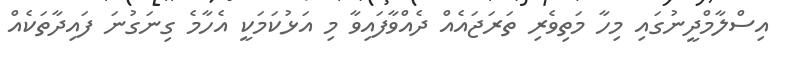
އިސްލާމްދީނުގައި މިހާ މަތިވެރި ތަރަޖައެއް ދެއްވާފައިވާ މި އަޅުކަމަކީ އެހާމެ ގިނަގުނަ ފައިދާތަކެއް